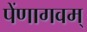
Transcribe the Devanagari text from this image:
पेंणागवम्